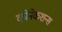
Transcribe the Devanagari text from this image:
कोंनेकशन्स